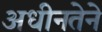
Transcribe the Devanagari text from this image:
अधीनतेने